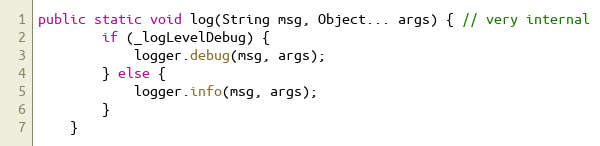
Language: Java
public static void log(String msg, Object... args) { // very internal
        if (_logLevelDebug) {
            logger.debug(msg, args);
        } else {
            logger.info(msg, args);
        }
    }